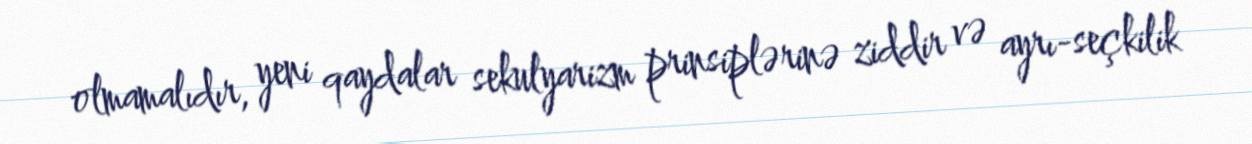
olmamalıdır, yeni qaydalar sekulyarizm prinsiplərinə ziddir və ayrı-seçkilik